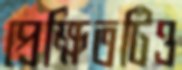
প্রেক্ষিতটিও